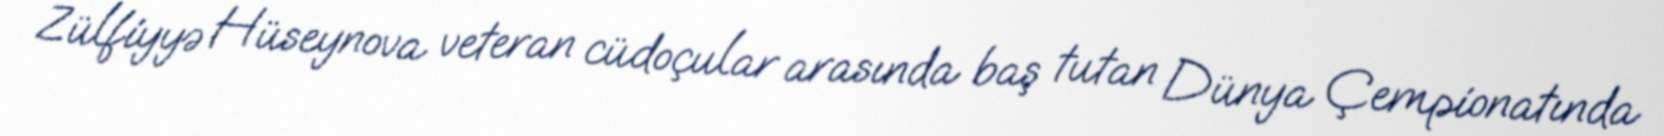
Zülfiyyə Hüseynova veteran cüdoçular arasında baş tutan Dünya Çempionatında